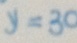
y = 3 0